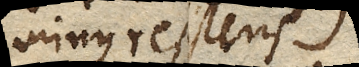
minus resistens